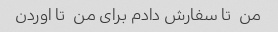
من  تا سفارش دادم برای من  تا اوردن